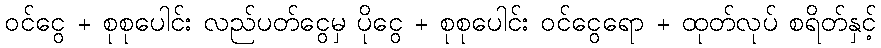
ဝင်ငွေ + စုစုပေါင်း လည်ပတ်ငွေမှ ပိုငွေ + စုစုပေါင်း ဝင်ငွေရော + ထုတ်လုပ် စရိတ်နှင့်